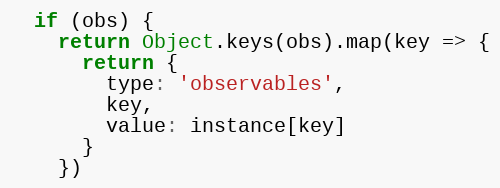
Language: JavaScript
  if (obs) {
    return Object.keys(obs).map(key => {
      return {
        type: 'observables',
        key,
        value: instance[key]
      }
    })